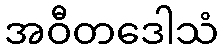
အဝီတဒေါသံ